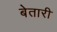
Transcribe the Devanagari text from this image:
बेतारी